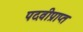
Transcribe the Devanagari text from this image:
पदवीप्राप्त